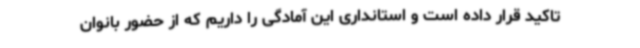
تاکید قرار داده است و استانداری این آمادگی را داریم که از حضور بانوان